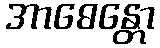
အာဓေန္တော